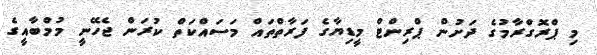
މި ޕްރޮގްރާމުގެ ދަށުން ޕްރިންޓް މީޑިޔާގެ ފަރާތްތައް މަސައްކަތް ކުރަން ޖެހޭނީ މުމްބާއީގެ